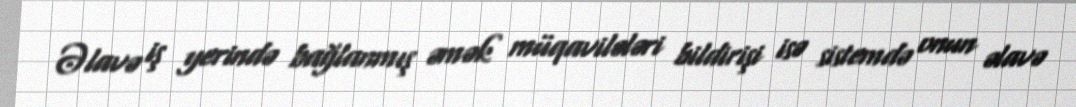
Əlavə iş yerində bağlanmış əmək müqavilələri bildirişi isə sistemdə onun əlavə